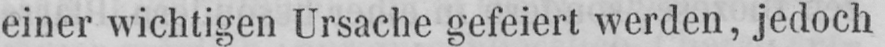
einer wichtigen Ursache gefeiert werden, jedoch